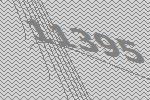
11395